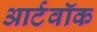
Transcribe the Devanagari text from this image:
आर्टवॉक